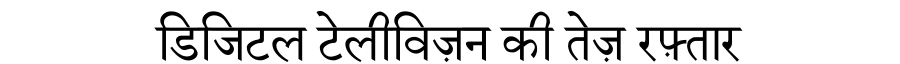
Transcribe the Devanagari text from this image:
डिजिटल टेलीविज़न की तेज़ रफ़्तार